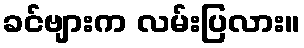
ခင်ဗျားက လမ်းပြလား။